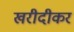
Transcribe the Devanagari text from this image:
खरीदीकर